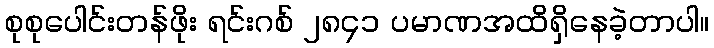
စုစုပေါင်းတန်ဖိုး ရင်းဂစ် ၂၈၄၁ ပမာဏအထိရှိနေခဲ့တာပါ။